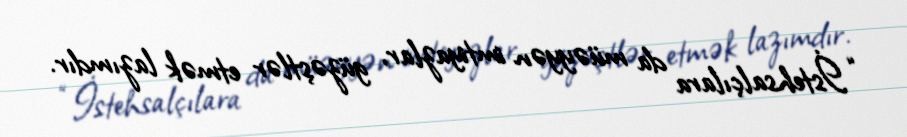
“İstehsalçılara da müəyyən imtiyazlar, güzəştlər etmək lazımdır.